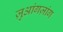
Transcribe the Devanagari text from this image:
ज़ुआंगज़ांग